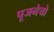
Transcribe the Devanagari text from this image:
पूजनेचो